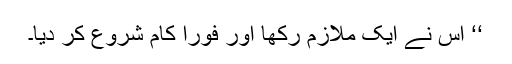
‘‘ اس نے ایک ملازم رکھا اور فوراً کام شروع کر دیا۔